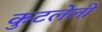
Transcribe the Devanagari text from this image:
कुटलेली